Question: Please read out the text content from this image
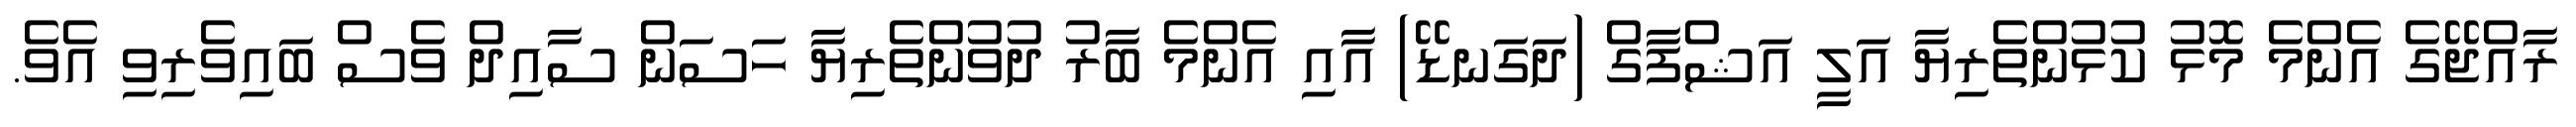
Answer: ރާއްޖޭގެ އެންމެ މޮޅު ކުޅުންތެރިޔާ އަލީ އަޝްފާގް (ދަގަނޑޭ) އާއި އެންމެ ބާރު ދުވުންތެރިޔާ ހަސަން ސާއިދް ވެސް ބައިވެރިވި އެވެ.